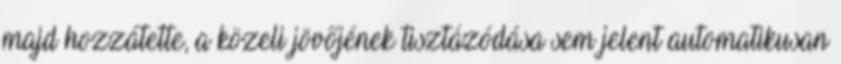
majd hozzátette, a közeli jövőjének tisztázódása sem jelent automatikusan